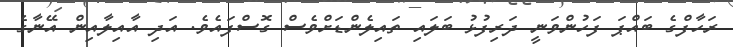
ރަހާފްގެ ބައްޕަ ފަހުންވަނީ ދަރިފުޅު ބަލައި ތައިލެންޑަށްވެސް ގޮސްފައެވެ. އަދި އާއިލާއިން އޭނާގެ